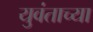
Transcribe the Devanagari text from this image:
युवंताच्या